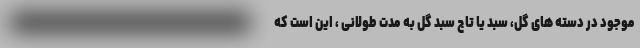
موجود در دسته های گل، سبد یا تاج سبد گل به مدت طولانی ، این است که